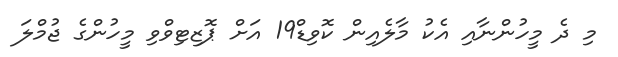
މި ދެ މީހުންނާއި އެކު މާލެއިން ކޮވިޑް19 އަށް ޕޮޒިޓިވްވި މީހުންގެ ޖުމްލަ